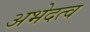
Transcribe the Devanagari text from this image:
अभेदत्व